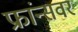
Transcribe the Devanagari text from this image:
फ्रांन्सवर